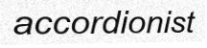
accordionist